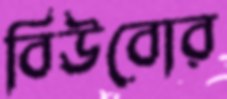
বিউবোর